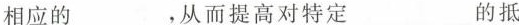
相应的_____，从而提高对特定____的抵